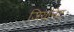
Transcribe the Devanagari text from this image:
जियोनेट